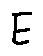
E